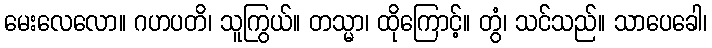
မေးလေလော။ ဂဟပတိ၊ သူကြွယ်။ တသ္မာ၊ ထိုကြောင့်။ တွံ၊ သင်သည်။ သာပေခေါ၊